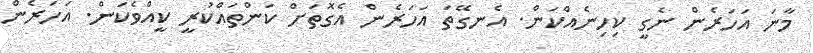
މާނަ އަހަރެން ނެގީ ކިހިނެއްކަން. އެނގޭތަ އަހަރެން އެގޮތަށް ކަންތައްކުރީ ކީއްވެކަން. އަހަރެން